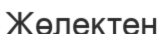
Жөлектен